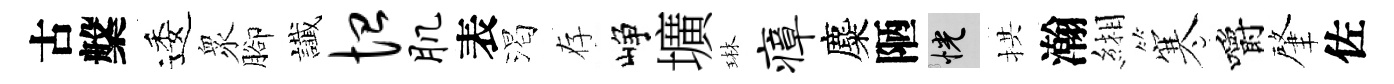
古槃逶衆腳䜟恤肌表渴存峥壙琳瘴麋陋恍拱瀚緗寒嚼肇佐